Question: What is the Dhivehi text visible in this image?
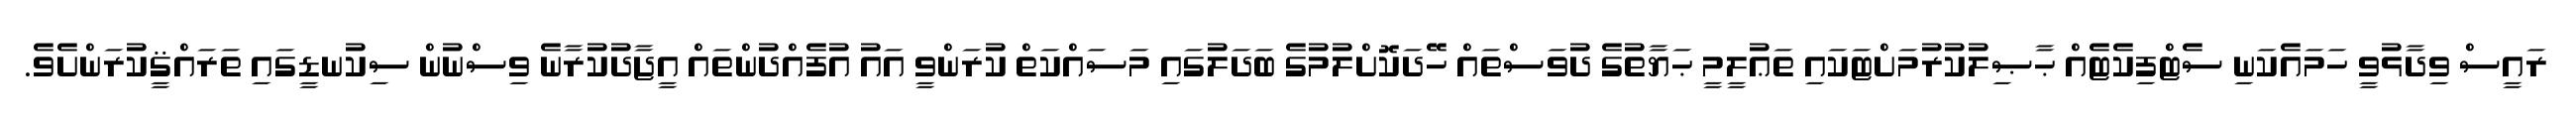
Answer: ރައީސް ވިދާޅުވީ ހަމައެކަނި ސެޓްފިކެޓެއް ޙާޞިލުކުރުމަށްޓަކައި ތަޢުލީމީ ޙަޔާތުގެ ދުވަސްތައް ހޭދަކޮށްލުމުގެ ބަދަލުގައި މަސައްކަތް ކުރަންވީ އައު އުފެއްދުންތައް އީޖާދުކުރާނެ ވިސްނުން ސިކުނޑީގައި ތަރައްޤީކުރަންށެވެ.